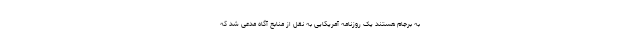
به برجام هستند یک روزنامه آمریکایی به نقل از منابع آگاه مدعی شد که